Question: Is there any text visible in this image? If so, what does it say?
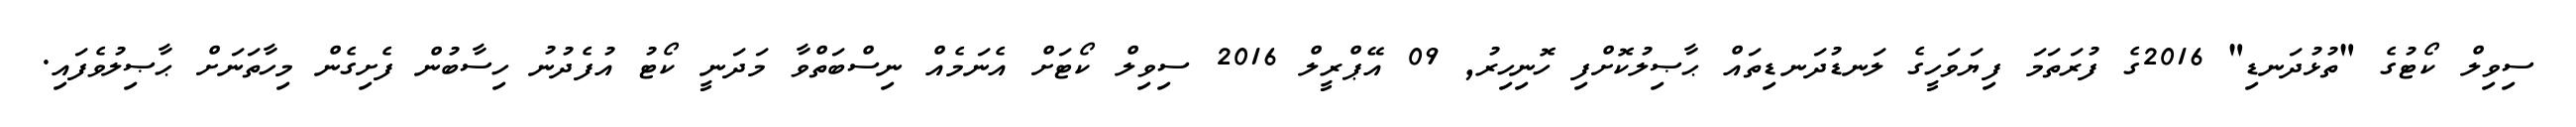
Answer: ސިވިލް ކޯޓުގެ "ތުޅުދަނޑި" 2016ގެ ފުރަތަމަ ފިޔަވަހީގެ ލަނޑުދަނޑިތައް ޙާޞިލުކޮށްފި ހޮނިހިރު, 09 އޭޕްރީލް 2016 ސިވިލް ކޯޓަށް އެނަމެއް ނިސްބަތްވާ މަދަނީ ކޯޓު އުފެދުނު ހިސާބުން ފެށިގެން މިހާތަނަށް ޙާޞިލުވެފައި.